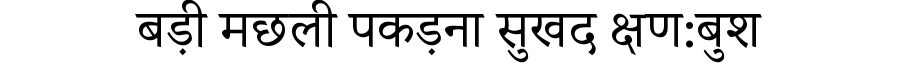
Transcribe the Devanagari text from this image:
बड़ी मछली पकड़ना सुखद क्षण:बुश